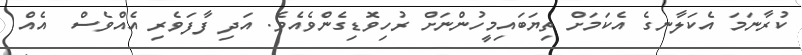
ކުރާނަމަ އެކަލާނގެ އެކަމަށް ތިޔަބައިމީހުންނަށް ރުހިވޮޑިގެންވެއެވެ. އަދި ފާފަވެރި އެއްވެސް  އެއް